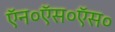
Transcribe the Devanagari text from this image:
ऍन०ऍस०ऍस०